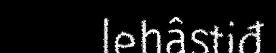
lehâstiđ